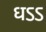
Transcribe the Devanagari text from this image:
धऽऽ